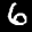
Label: 6